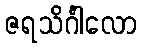
ဇရသိင်္ဂါလော